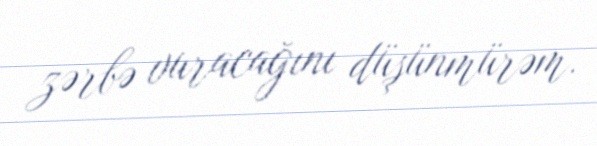
zərbə vuracağını düşünmürəm.